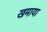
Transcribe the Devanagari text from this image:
खमाया